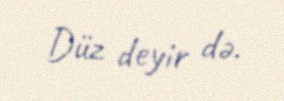
Düz deyir də.